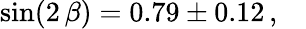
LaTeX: \sin(2\, \beta)=0.79\pm 0.12\, ,\quad